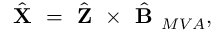
\hat { \textbf { X } } = \hat { \textbf { Z } } \times \hat { \textbf { B } } _ { M V A } ,